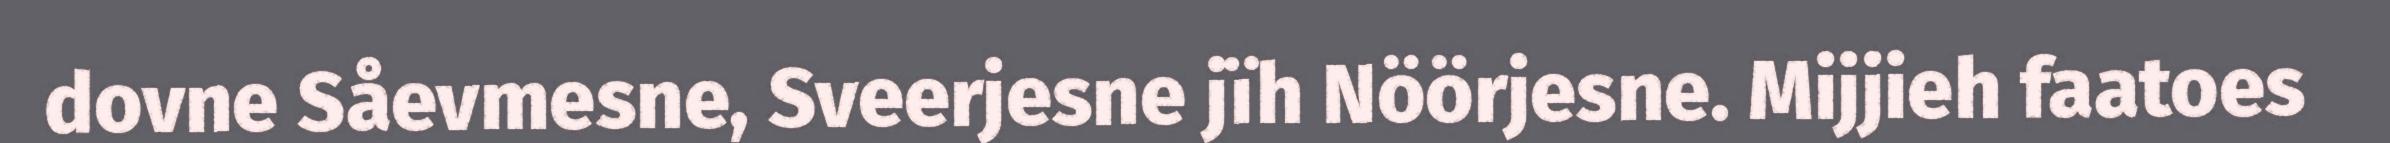
dovne Såevmesne, Sveerjesne jïh Nöörjesne. Mijjieh faatoes